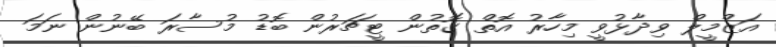
އަޒްމީލް ވިދާޅުވީ މިހާރު އޮތް ގޮތުން ޓީޗަރުން ބޮޑު މުސާރަ ބޭނުން ނަމަ